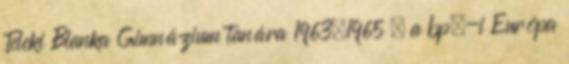
Teleki Blanka Gimnázium tanára 1963–1965 , a bp.-i Európa